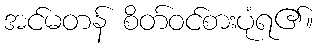
အင်မတန် စိတ်ဝင်စားပုံရ၏။